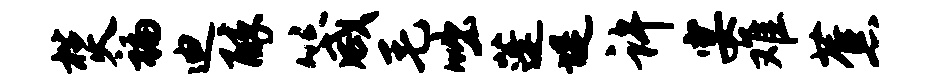
焚褊迪醉箴毛咄蓬堤许宴难蕉